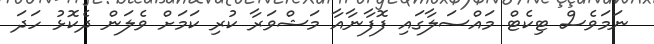
ނަމަވެސް ޓިކެޓް މައްސަލާގައި ފޮފާނާއާ މަޝްވަރާ ކުރި ކަމަށް ވެލަން ދެކޮޅު ހަދަ